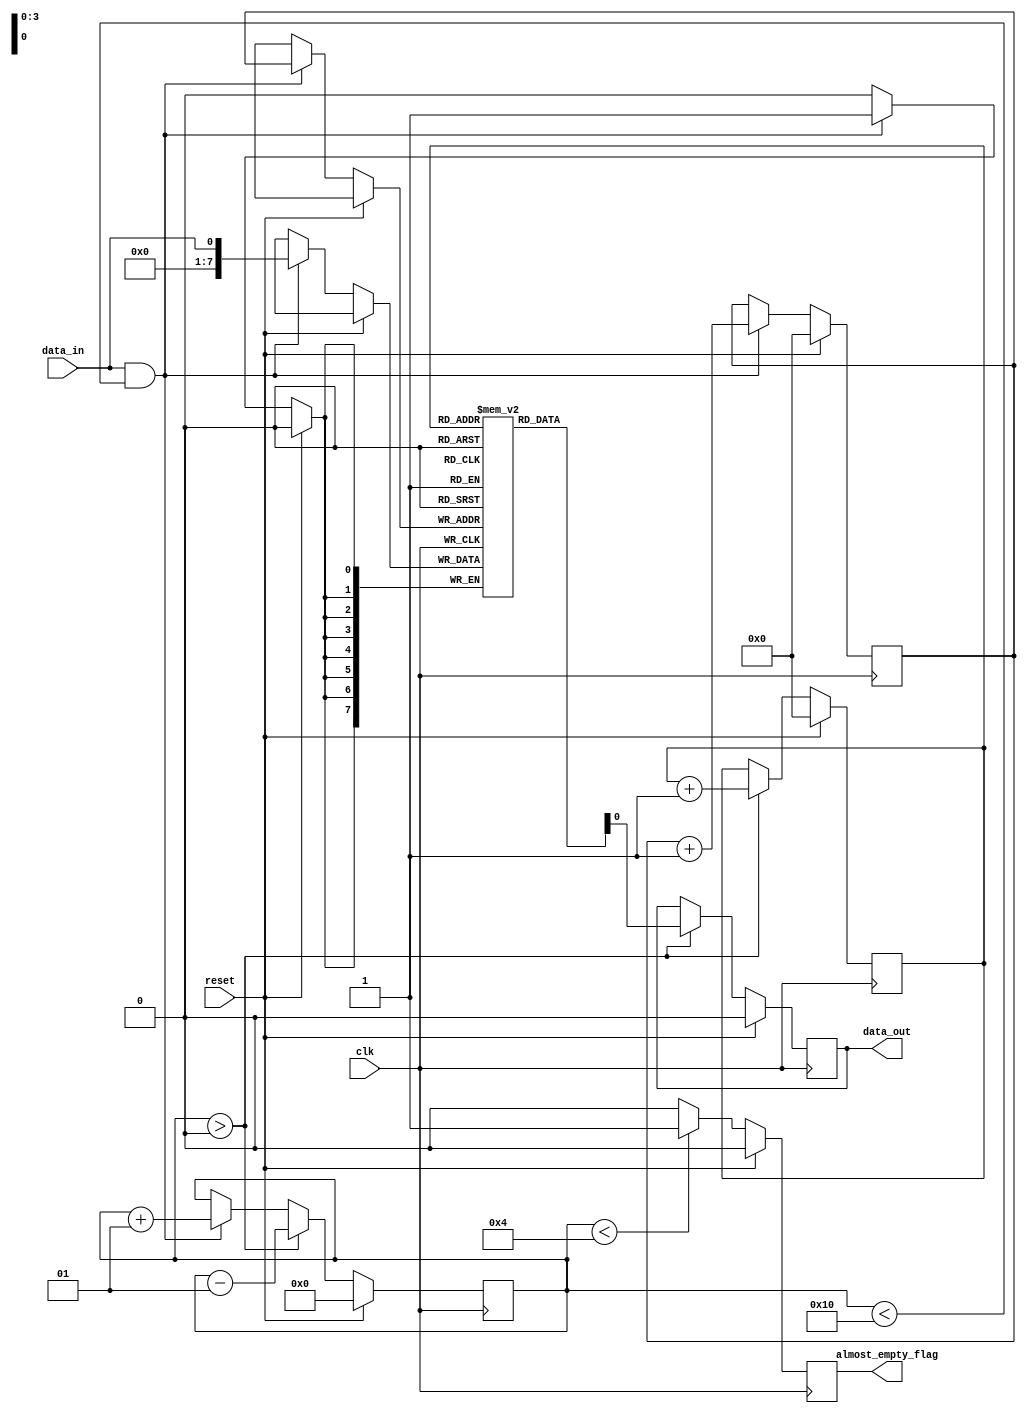
module AlmostEmpty_FIFO(
    input clk,
    input reset,
    input data_in,
    output reg data_out,
    output reg almost_empty_flag
);

reg [7:0] fifo_buffer [0:15];
reg [3:0] write_ptr = 0;
reg [3:0] read_ptr = 0;
integer count = 0;

always @(posedge clk) begin
    if(reset) begin
        write_ptr <= 0;
        read_ptr <= 0;
        data_out <= 0;
        almost_empty_flag <= 0;
        count <= 0;
    end else begin
        if(count > 0) begin
            count <= count - 1;
        end
        
        if(data_in && count < 16) begin
            fifo_buffer[write_ptr] <= data_in;
            write_ptr <= write_ptr + 1;
            count <= count + 1;
        end
        
        if(count > 0) begin
            data_out <= fifo_buffer[read_ptr];
            read_ptr <= read_ptr + 1;
            count <= count - 1;
        end
        
        if(count < 4) begin
            almost_empty_flag <= 1;
        end else begin
            almost_empty_flag <= 0;
        end
    end
end

endmodule